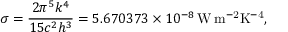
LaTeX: \sigma = { \frac { 2 \pi ^ { 5 } k ^ { 4 } } { 1 5 c ^ { 2 } h ^ { 3 } } } = 5 . 6 7 0 3 7 3 \times 1 0 ^ { - 8 } \, \mathrm { W \, m ^ { - 2 } K ^ { - 4 } } ,